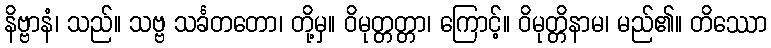
နိဗ္ဗာနံ၊ သည်။ သဗ္ဗ သင်္ခတတော၊ တို့မှ။ ဝိမုတ္တတ္တာ၊ ကြောင့်။ ဝိမုတ္တိနာမ၊ မည်၏။ တိဿော